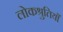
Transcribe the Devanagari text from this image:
लोकश्रुतियाँ